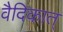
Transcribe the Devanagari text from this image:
वैदिकात्